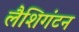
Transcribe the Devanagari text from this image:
लैशिगंटन